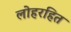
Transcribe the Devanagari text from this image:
लोहरहित